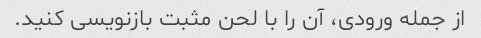
از جمله ورودی، آن را با لحن مثبت بازنویسی کنید.